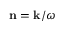
{ \bf { n } } = { \bf { k } } / \omega